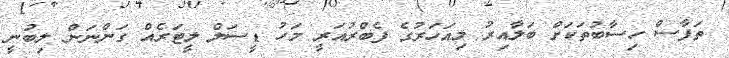
ތަފާސް ހިސާބުތަކަށް ބަލާއިރު މިއަހަރުގެ ފެބްރުއަރީ މަހު ޑީސަލް ލީޓަރެއް ގަންނަން ލިބުނީ